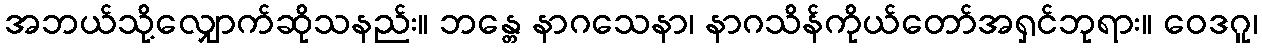
အဘယ်သို့လျှောက်ဆိုသနည်း။ ဘန္တေ နာဂသေနာ၊ နာဂသိန်ကိုယ်တော်အရှင်ဘုရား။ ဝေဒဂူ၊